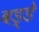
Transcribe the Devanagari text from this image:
बड्डे